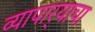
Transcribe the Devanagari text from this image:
व्यापार्‍याचा